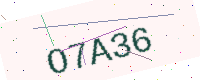
Text: O7A36